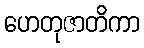
ဟေတုဇာတိကာ